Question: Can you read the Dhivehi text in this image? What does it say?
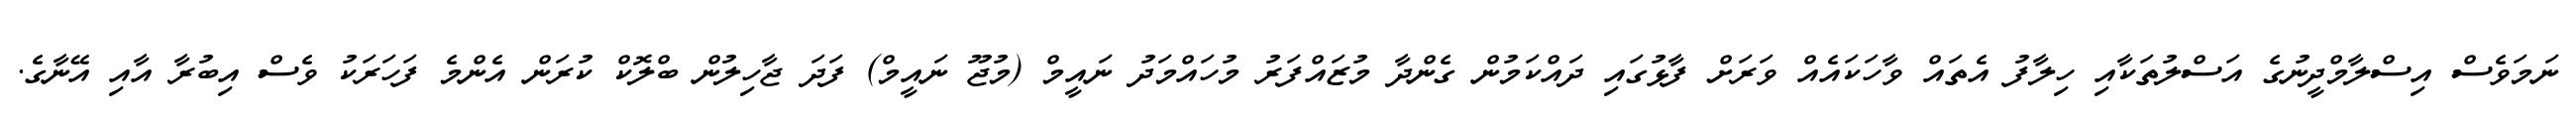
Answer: ނަމަވެސް އިސްލާމްދީނުގެ އަސްލުތަކާއި ހިލާފު އެތައް ވާހަކައެއް ވަރަށް ފާޅުގައި ދައްކަމުން ގެންދާ މުޒައްފަރު މުހައްމަދު ނައީމް (މުޖޫ ނައީމް) ފަދަ ޖާހިލުން ބްލޮކް ކުރަން އެންމެ ފަހަރަކު ވެސް އިބުރާ އާއި އޭނާގެ.